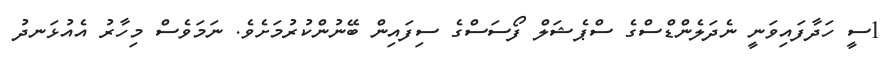
1ސީ ހަދާފައިވަނީ ނެދަލެންޑްސްގެ ސްޕެޝަލް ފޯސަސްގެ ސިފައިން ބޭނުންކުރުމަށެވެ. ނަމަވެސް މިހާރު އެއުޅަނދު